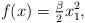
LaTeX: \begin{align*}f(x)=\tfrac{\beta}{2}x_1^2,\end{align*}